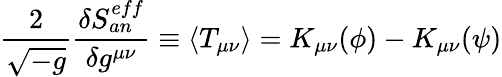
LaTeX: \frac{2}{\sqrt{-g}}\frac{\delta S_{an}^{eff}}{\delta g^{\mu\nu}}\equiv\langle T_{\mu\nu}\rangle=K_{\mu\nu}(\phi)-K_{\mu\nu}(\psi)